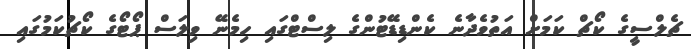
ޗެލްސީގެ ކޯޗް ކަމަށް އަތުވެދާނެ ކެންޑިޑޭޓުންގެ ލިސްޓްގައި ހިމެނޭ ވިލަސް ޕޯޓޯގެ ކޯޗުކަމުގައި